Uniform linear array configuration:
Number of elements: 48
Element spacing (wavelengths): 1
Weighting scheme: hamming
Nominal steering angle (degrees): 0
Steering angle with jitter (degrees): -0.2145
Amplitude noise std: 0.05
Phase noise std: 0.05

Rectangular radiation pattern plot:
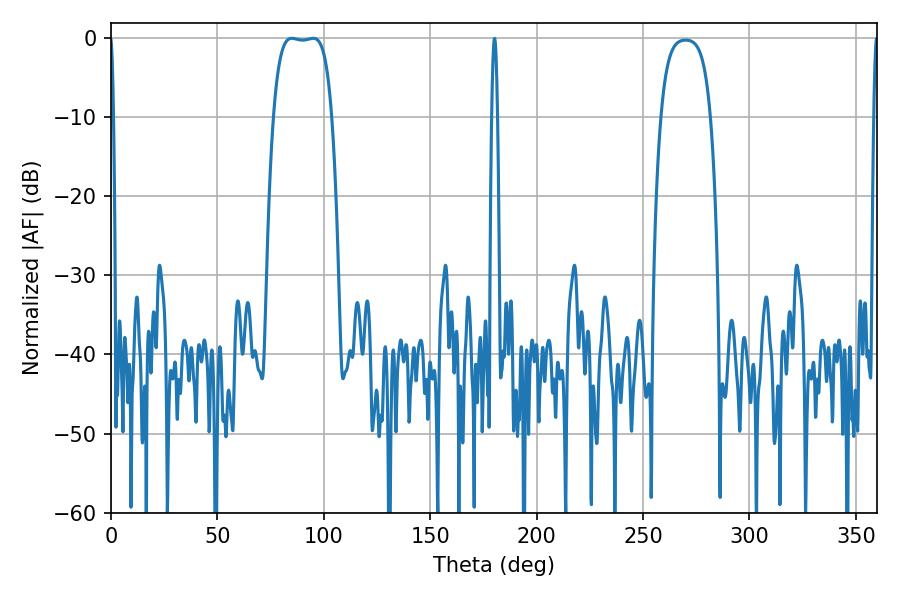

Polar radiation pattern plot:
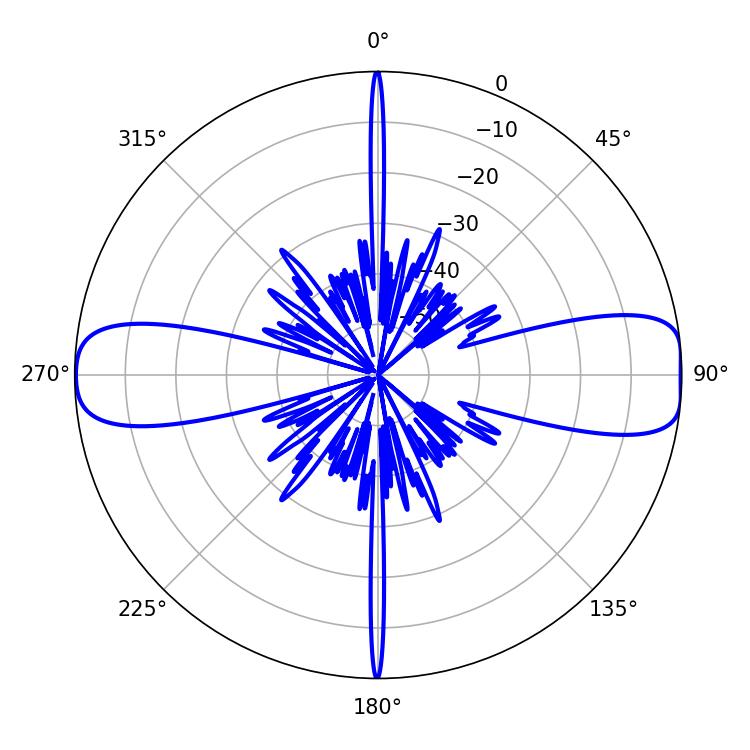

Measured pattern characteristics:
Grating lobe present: TRUE
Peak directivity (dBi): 12.978
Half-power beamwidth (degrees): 21.6
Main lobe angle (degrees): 84.96